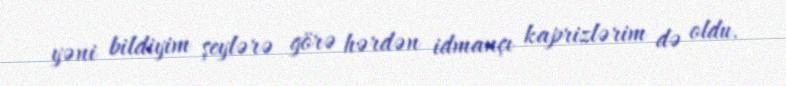
yəni bildiyim şeylərə görə hərdən idmançı kaprizlərim də oldu.